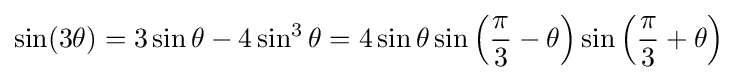
\sin(3\theta )=3\sin \theta -4\sin ^{3}\theta =4\sin \theta \sin \left({\frac {\pi }{3}}-\theta \right)\sin \left({\frac {\pi }{3}}+\theta \right)